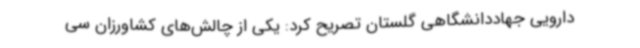
دارویی جهاددانشگاهی گلستان تصریح کرد: یکی از چالش‌های کشاورزان سی